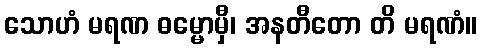
သောဟံ မရဏ ဓမ္မောမှီ၊ အနတီတော တိ မရဏံ။